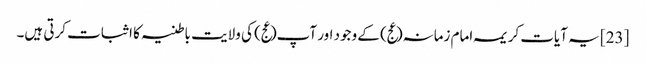
[23] یہ آیات کریمہ امام زمانہ(عج) کے وجود اور آپ(عج) کی ولایت باطنیہ کا اثبات کرتی ہیں۔